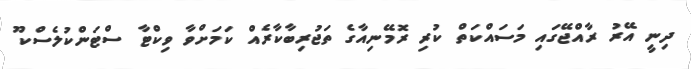
ދިނީ އޭރު ރާއްޖޭގައި މަސައްކަތް ކުރި ރޮމޭނިއާގެ ތަޖުރިބާކާރެއް ކަމަށްވާ ވިކްޓާ ސްޓަންކުލެސްކޫ